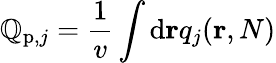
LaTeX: \mathbb{Q}_{\mathrm{{p}},j}=\frac{{1}}{{v}}\int\mathrm{{d}}\mathbf{{r}}q_{j}(\mathbf{{r}},N)